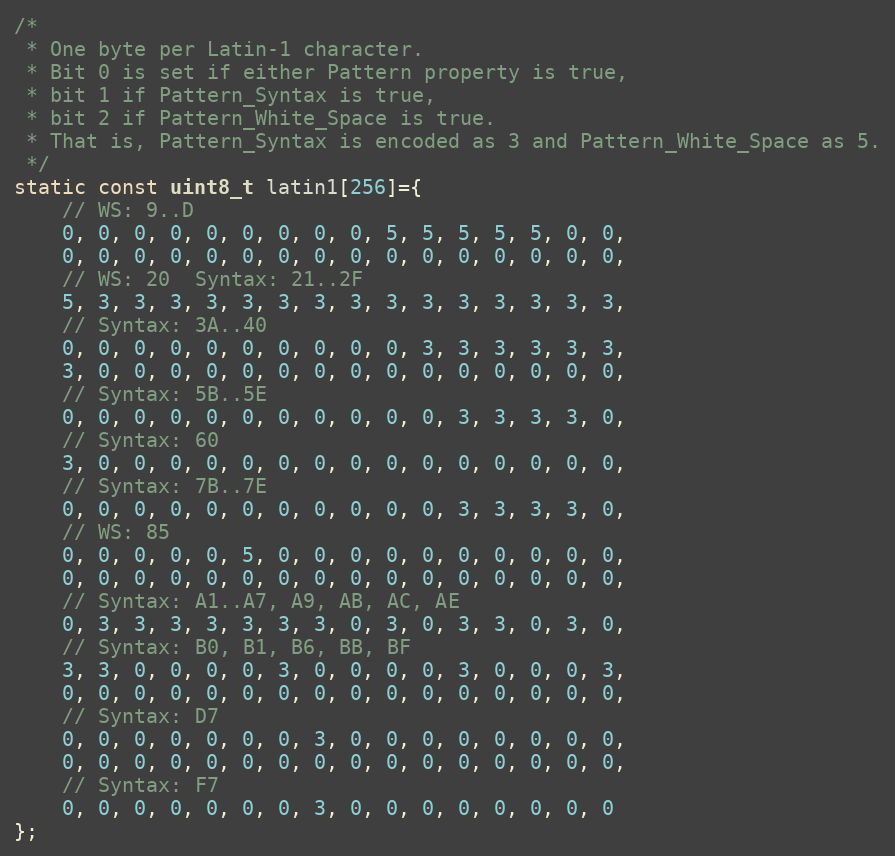
Language: C++
/*
 * One byte per Latin-1 character.
 * Bit 0 is set if either Pattern property is true,
 * bit 1 if Pattern_Syntax is true,
 * bit 2 if Pattern_White_Space is true.
 * That is, Pattern_Syntax is encoded as 3 and Pattern_White_Space as 5.
 */
static const uint8_t latin1[256]={
    // WS: 9..D
    0, 0, 0, 0, 0, 0, 0, 0, 0, 5, 5, 5, 5, 5, 0, 0,
    0, 0, 0, 0, 0, 0, 0, 0, 0, 0, 0, 0, 0, 0, 0, 0,
    // WS: 20  Syntax: 21..2F
    5, 3, 3, 3, 3, 3, 3, 3, 3, 3, 3, 3, 3, 3, 3, 3,
    // Syntax: 3A..40
    0, 0, 0, 0, 0, 0, 0, 0, 0, 0, 3, 3, 3, 3, 3, 3,
    3, 0, 0, 0, 0, 0, 0, 0, 0, 0, 0, 0, 0, 0, 0, 0,
    // Syntax: 5B..5E
    0, 0, 0, 0, 0, 0, 0, 0, 0, 0, 0, 3, 3, 3, 3, 0,
    // Syntax: 60
    3, 0, 0, 0, 0, 0, 0, 0, 0, 0, 0, 0, 0, 0, 0, 0,
    // Syntax: 7B..7E
    0, 0, 0, 0, 0, 0, 0, 0, 0, 0, 0, 3, 3, 3, 3, 0,
    // WS: 85
    0, 0, 0, 0, 0, 5, 0, 0, 0, 0, 0, 0, 0, 0, 0, 0,
    0, 0, 0, 0, 0, 0, 0, 0, 0, 0, 0, 0, 0, 0, 0, 0,
    // Syntax: A1..A7, A9, AB, AC, AE
    0, 3, 3, 3, 3, 3, 3, 3, 0, 3, 0, 3, 3, 0, 3, 0,
    // Syntax: B0, B1, B6, BB, BF
    3, 3, 0, 0, 0, 0, 3, 0, 0, 0, 0, 3, 0, 0, 0, 3,
    0, 0, 0, 0, 0, 0, 0, 0, 0, 0, 0, 0, 0, 0, 0, 0,
    // Syntax: D7
    0, 0, 0, 0, 0, 0, 0, 3, 0, 0, 0, 0, 0, 0, 0, 0,
    0, 0, 0, 0, 0, 0, 0, 0, 0, 0, 0, 0, 0, 0, 0, 0,
    // Syntax: F7
    0, 0, 0, 0, 0, 0, 0, 3, 0, 0, 0, 0, 0, 0, 0, 0
};